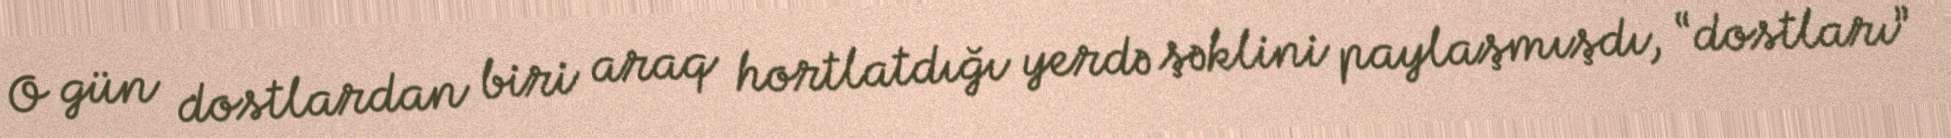
O gün dostlardan biri araq hortlatdığı yerdə şəklini paylaşmışdı, “dostları”